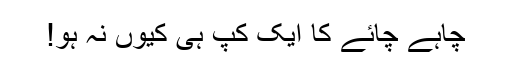
چاہے چائے کا ایک کپ ہی کیوں نہ ہو!